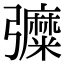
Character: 𢑀